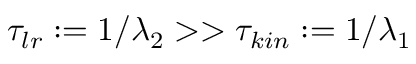
\tau _ { l r } : = 1 / \lambda _ { 2 } > > \tau _ { k i n } : = 1 / \lambda _ { 1 }